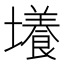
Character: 𡒶